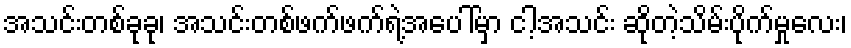
အသင်းတစ်ခုခု၊ အသင်းတစ်ဖက်ဖက်ရဲ့အပေါ်မှာ ငါ့အသင်း ဆိုတဲ့သိမ်းပိုက်မှုလေး၊